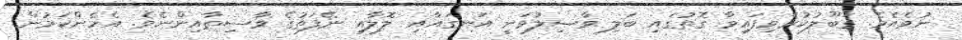
ނުވެއެވެ. ގަބޫލުކުރެވިފައިވާ ގޮތުގައި ބަލި ވާޞިލުވަނީ އަނގައާއި ލޮލާއި ނޭފަތުގެ ވާސިޠާއިންނެވެ. އެހެންކަމުން